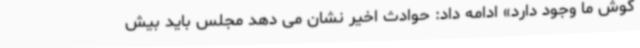
گوش ما وجود دارد» ادامه داد: حوادث اخیر نشان می دهد مجلس باید بیش